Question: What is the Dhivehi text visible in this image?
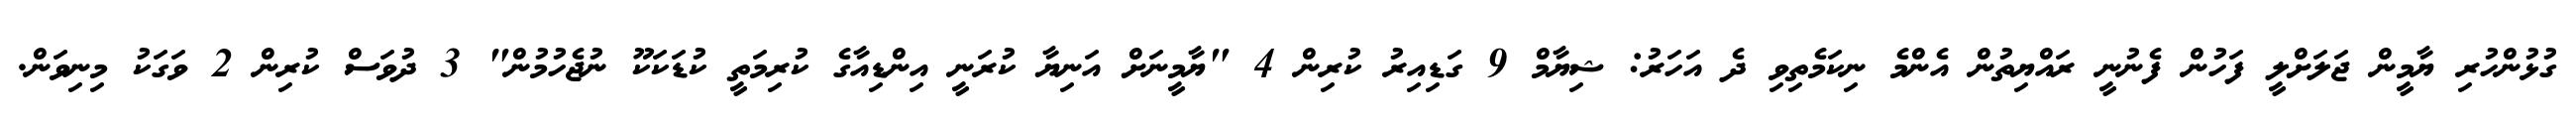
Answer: ގުޅުންހުރި ޔާމީން ޖަލަށްލީ ފަހުން ފެނުނީ ރައްޔިތުން އެންމެ ނިކަމެތިވި ދެ އަހަރު: ޝިޔާމް 9 ގަޑިއިރު ކުރިން 4 "ޔާމީނަށް އަނިޔާ ކުރަނީ އިންޑިއާގެ ކުރިމަތީ ކުޑަކަކޫ ނުޖެހުމުން" 3 ދުވަސް ކުރިން 2 ވަގަކު މިނިވަން.